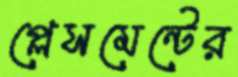
প্লেসমেন্টের